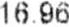
16.96